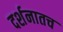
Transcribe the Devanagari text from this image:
दर्शनातच